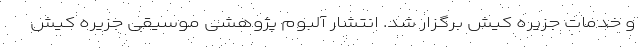
و خدمات جزیره کیش برگزار شد. انتشار آلبوم پژوهشی موسیقی جزیره‌ کیش